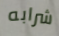
شرابه